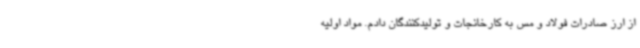
از ارز صادرات فولاد و مس به کارخانجات و تولیدکنندگان دادم. مواد اولیه